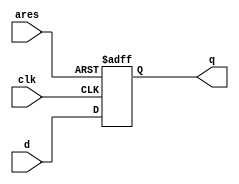
`timescale 1ns / 1ps
module asyncres(clk,d,ares,q);
input clk,d,ares;
output reg q;
always @(posedge clk or posedge ares)
begin
	if(ares)
		q<=1'b0;
	else
		q<=d;
end
endmodule